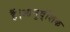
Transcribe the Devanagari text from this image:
हैं।आनुव्ंशिक